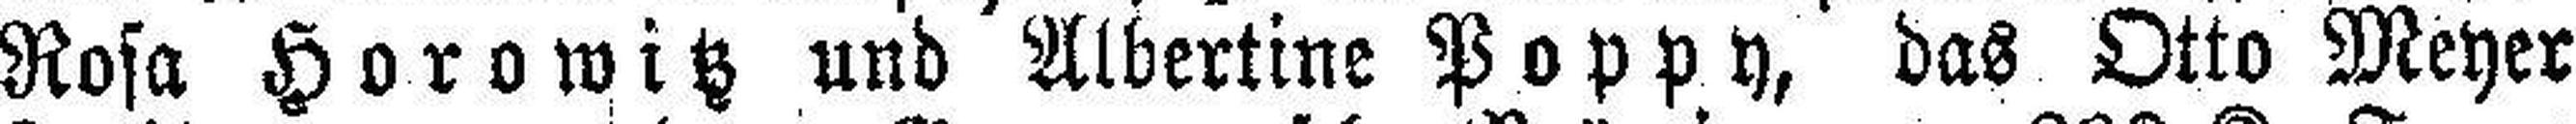
Rosa Horowitz und Albertine Poppy, das Otto Meyer